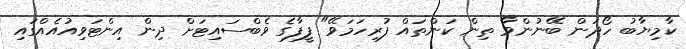
ކާމިޔާބު ހޯދަން ބޭނުންވާ ތިން ކަންތައް ފުރިހަމަވޭ" ފީފާގެ ވެބްސައިޓަށް ދިން އިންޓަވިއުއެއްގައި